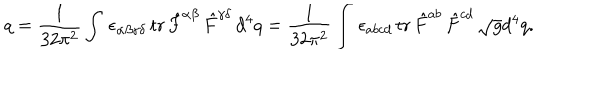
q = \frac 1 { 3 2 \pi ^ { 2 } } \int \, \epsilon _ { \alpha \beta \gamma \delta } \, \mathrm { t r \, } \hat { F } ^ { \alpha \beta } \, \hat { F } ^ { \gamma \delta } \, d ^ { 4 } q = \frac 1 { 3 2 \pi ^ { 2 } } \int \, \epsilon _ { a b c d } \, \mathrm { t r \, } \hat { F } ^ { a b } \, \hat { F } ^ { c d } \, \sqrt { g } d ^ { 4 } q .